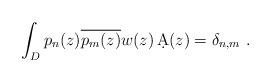
LaTeX: \begin{align*}\int_D p_n(z)\overline{p_m(z)} w(z)\,\d{A}(z)=\delta_{n,m}\ .\end{align*}